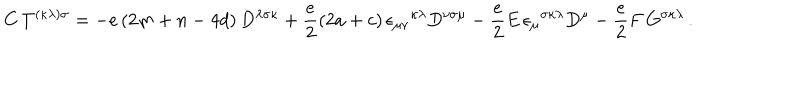
C \, T ^ { ( \kappa \lambda ) \sigma } = - e \left( 2 m + n - 4 d \right) D ^ { \lambda \sigma \kappa } + \frac { e } { 2 } \left( 2 a + c \right) \epsilon _ { \mu \nu } { } ^ { \kappa \lambda } D ^ { \nu \sigma \mu } - \frac { e } { 2 } E \, \epsilon _ { \mu } { } ^ { \sigma \kappa \lambda } D ^ { \mu } - \frac { e } { 2 } F \, G ^ { \sigma \kappa \lambda } \, .